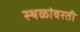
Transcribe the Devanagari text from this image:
स्थळांवरती